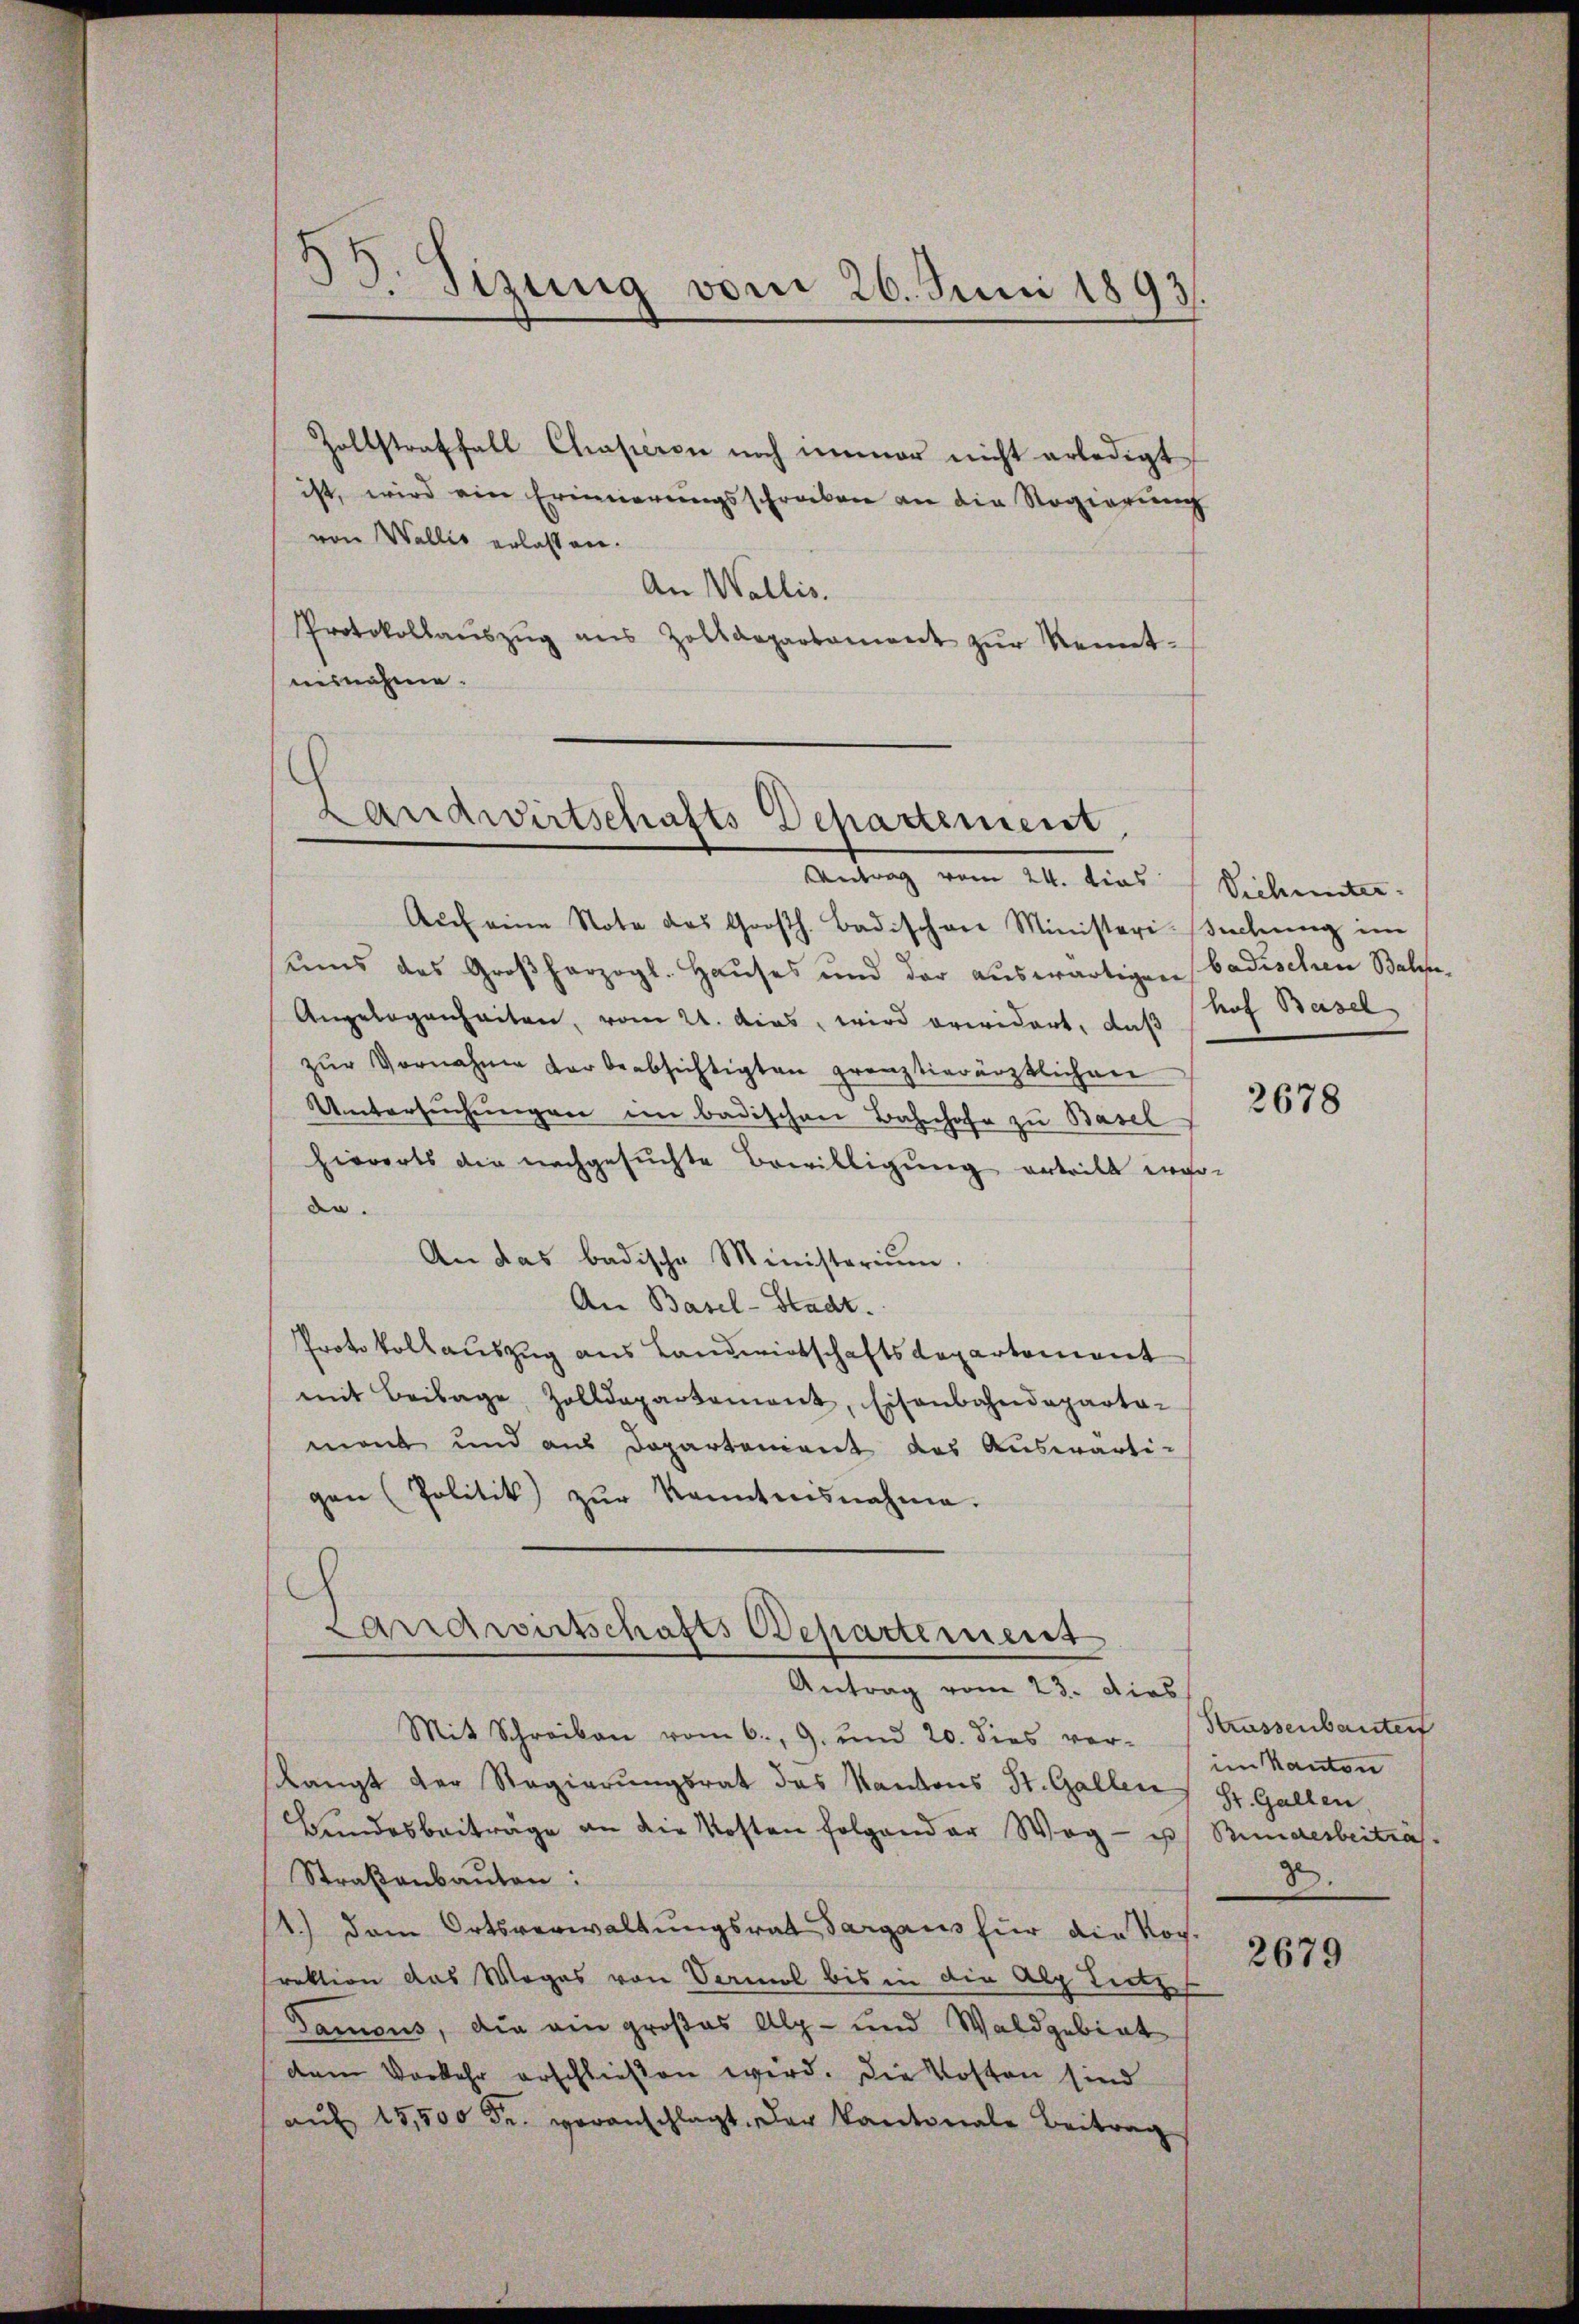
B. Tizung vom 26. Juni 1893.

Zollstraffall Chasieren noch immer nicht erledigt
ist, wird ein Erinnerungsschreiben an die Regierung
von Wallis erlassen.
An Wallis.
Protokollaŭszŭg ans Zolldepartament zŭr Kennt-
minnahme.

Landwirtschafts-Departement.
Antrag vom 24. dies

Auch eine Note das Großh. Badischen Ministeri-echung im
ŭms das Großherzogl. Haŭses und der aŭswärtigen badischen Balge¬
Angelegenheiten, vom 21. das, wird erwidert, daß
zŭr Vornahme der beabsichtigten grenztierärztlichen
Untersŭchŭngen im badischen Bahnhofe zu Basel
hierorts die nachgesuchte Bewilligung erteilt inso-
de.
An das badische Ministerium.
An Basel-Stadt.
Protokollauszug aus Landwirtschaftsdepartement
mit Beilage, Zolldepartement, Eisenbahndeparta-
ment und aus Departonient des Auswärti-
gen (Politik zŭr kanntnisnahme.
h
Landwirtschafts Departement

Antrag vom 23. Dies

Mit Schreiben vom 6. 9. und 20. dies ver- (Krassenbauter
slangt der Regierungsrat das Kantons St. Gallen St. Gallen,
Bundesbeiträge an die Kosten folgender Weg- u Bundesbeiträs-
Straßenbauten:
1.) Dem Ortsverwaltungsrat Sargaus für die Noch-
rektion das Weges von Vermal bis in die Alp Lietz
Damous, die ein großes Alp- und Waldgebiet
dem Vorkehr erschließen wird. Die Kosten sind
aŭf 15,500 Fr. voranschlagt. Der Kantonale Beitrag

Sich unter
hof Basel

2678

im Kanton
2.

2679